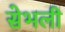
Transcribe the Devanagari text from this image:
सेभली